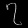
Digit: ၇